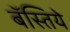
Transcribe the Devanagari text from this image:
बॅस्तिये